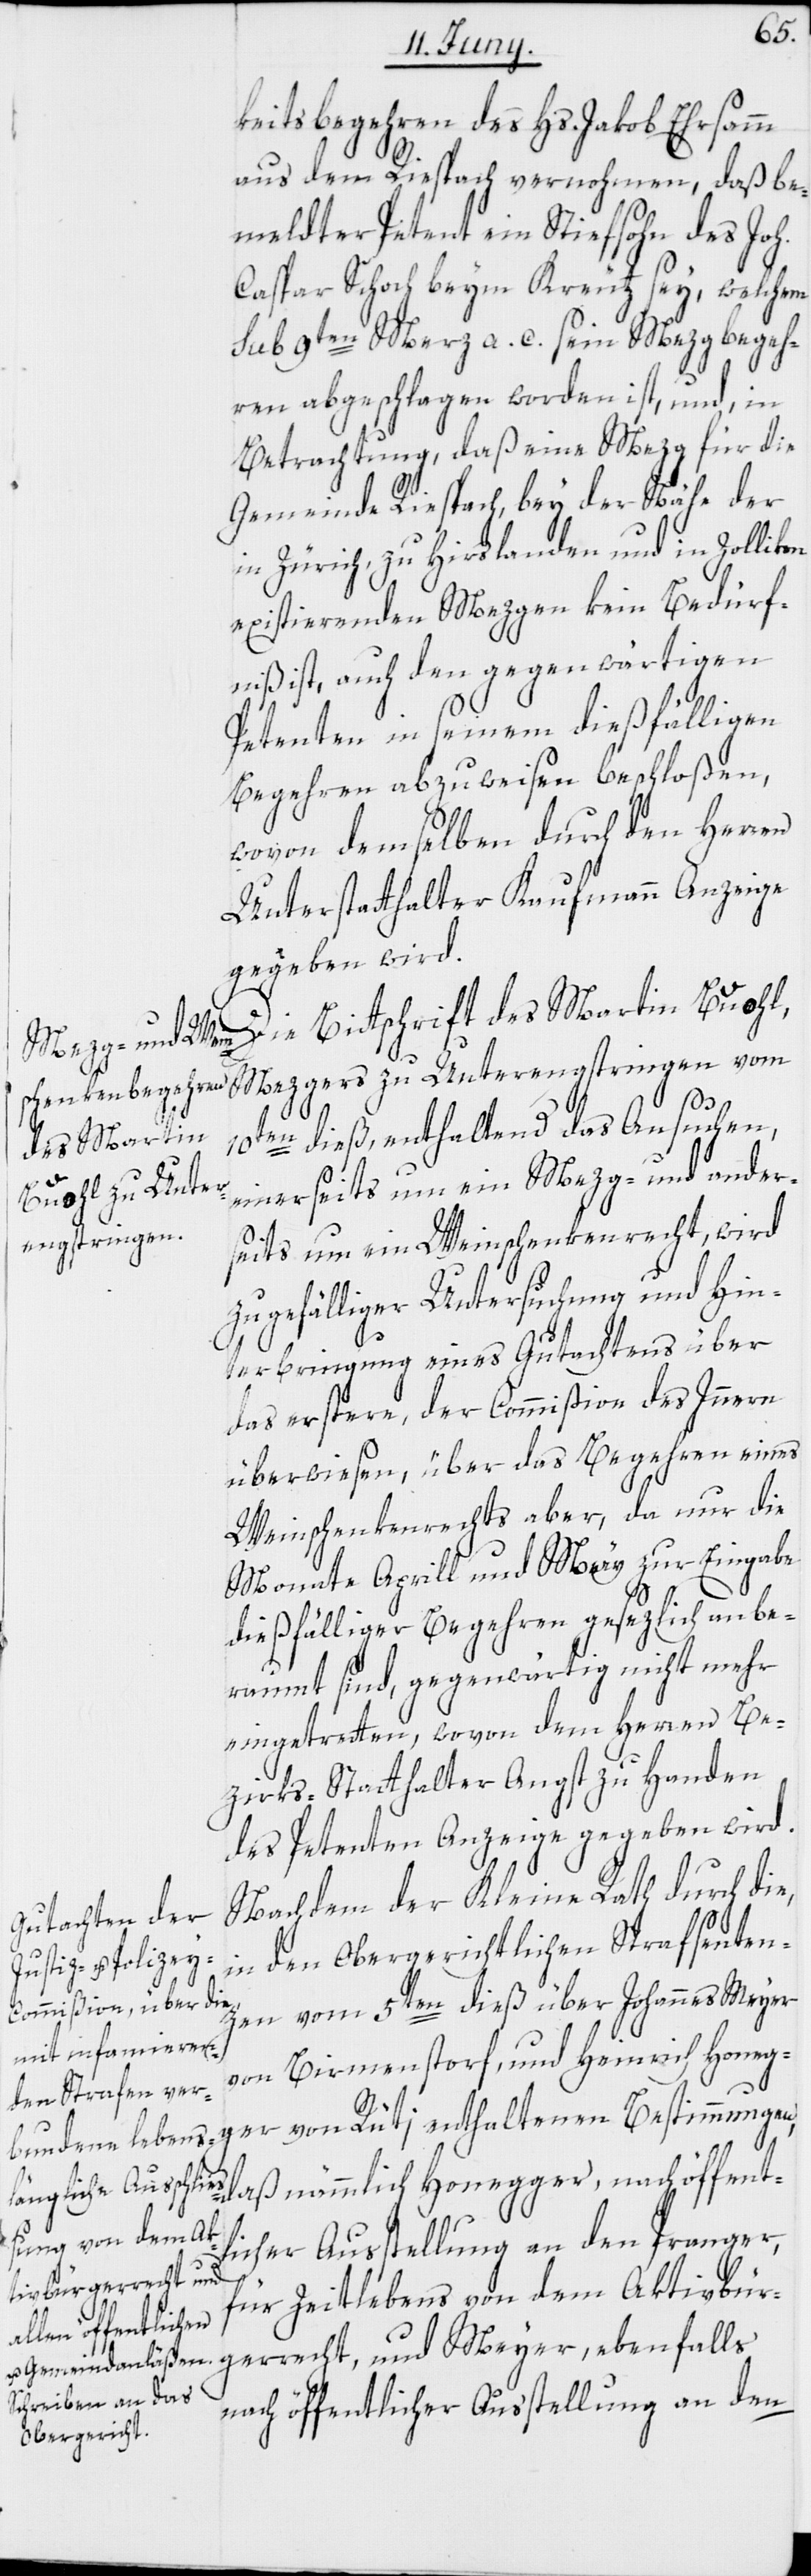
keitsbegehren des Hs. Jakob Ehrsamm
aus dem Riespach vernohmen, daß be¬
meldter Petent ein Stiefsohn des Joh.
Caspar Schoch beym Kreutz sey, welchem
sub 9ten Merz a. c. sein Mezgbegeh¬
ren abgeschlagen worden ist, und, in
Betrachtung, daß eine Mezg für die
Gemeinde Riespach, bey der Nähe der
in Zürich, zu Hirslanden und in Zollikon
existierenden Mezgen kein Bedürf¬
niß ist, auch den gegenwärtigen
Petenten in seinem dießfälligen
Begehren abzuweisen beschloßen,
wovon demselben durch den Herren
Unterstatthalter Kaufmann Anzeige
gegeben wird.
Die Bittschrift des Martin Buohl,
ger von Rüti
Mezgers zu Unterengstringen vom
10ten dieß, enthaltend das Ansuchen,
einerseits um ein Mezg- und ander¬
seits um ein Weinschenkenrecht, wird
zu gefälliger Untersuchung und Hin¬
terbringung eines Gutachtens über
das erstere, der Commißion des Innern
überwiesen, über das Begehren eines
Weinschenkenrechts aber, da nur die
Monate Aprill und May zur Eingabe
dießfälliger Begehren gesezlich anbe¬
raumt sind, gegenwärtig nicht mehr
eingetretten, wovon dem Herren Be¬
zirks-Statthalter Angst zu Handen
des Petenten Anzeige gegeben wird.
Nachdem der Kleine Rath durch die,
in den Obergerichtlichen Strafsenten¬
zen vom 5ten dieß über Johannes Meyer
von Birmenstorf, und Heinrich Honeg¬
für Zeitlebens von dem Aktivbür¬
gerrecht, und Meyer, ebenfalls
nach öffentlicher Ausstellung an den